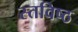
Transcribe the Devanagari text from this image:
स्तविष्ठ